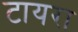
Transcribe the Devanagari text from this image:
टायरा